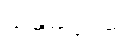
ဖာတိကရေယျ